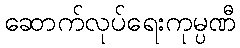
ဆောက်လုပ်ရေးကုမ္ပဏီ